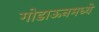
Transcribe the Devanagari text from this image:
गोडाऊनमध्ये